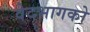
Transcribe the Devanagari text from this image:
वेदभागको